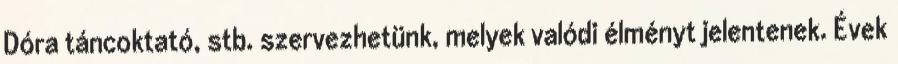
Dóra táncoktató, stb. szervezhetünk, melyek valódi élményt jelentenek. Évek